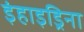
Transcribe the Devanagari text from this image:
इंहाइड्रिना